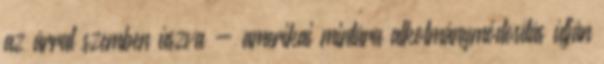
az árral szemben úszva - amerikai mintára alkotmánymódosítás útján